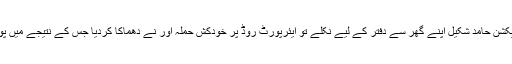
ڈی آئی جی موٹر ٹرانسپورٹ اینڈ ٹیلی کمیونیکشن حامد شکیل اپنے گھر سے دفتر کے لیے نکلے تو ایئرپورٹ روڈ پر خودکش حملہ آور نے دھماکا کردیا جس کے نتیجے میں پولیس کے اعلیٰ افسر حامد شکیل شہید ہوگئے۔